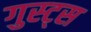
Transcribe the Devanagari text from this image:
गुस्ट्स